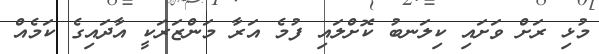
މުޅި ރަށް ވަށައި ކިލަނބު ކޮށްލައި ފުމެ އަރާ މަންޒަރަކީ އާދައިގެ ކަމެއް